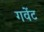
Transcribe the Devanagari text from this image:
गवेंट